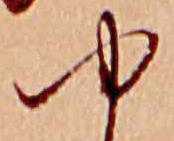
ゆ